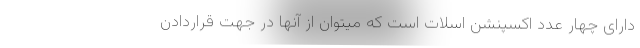
دارای چهار عدد اکسپنشن اسلات است که میتوان از آنها در جهت قراردادن